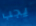
يجب